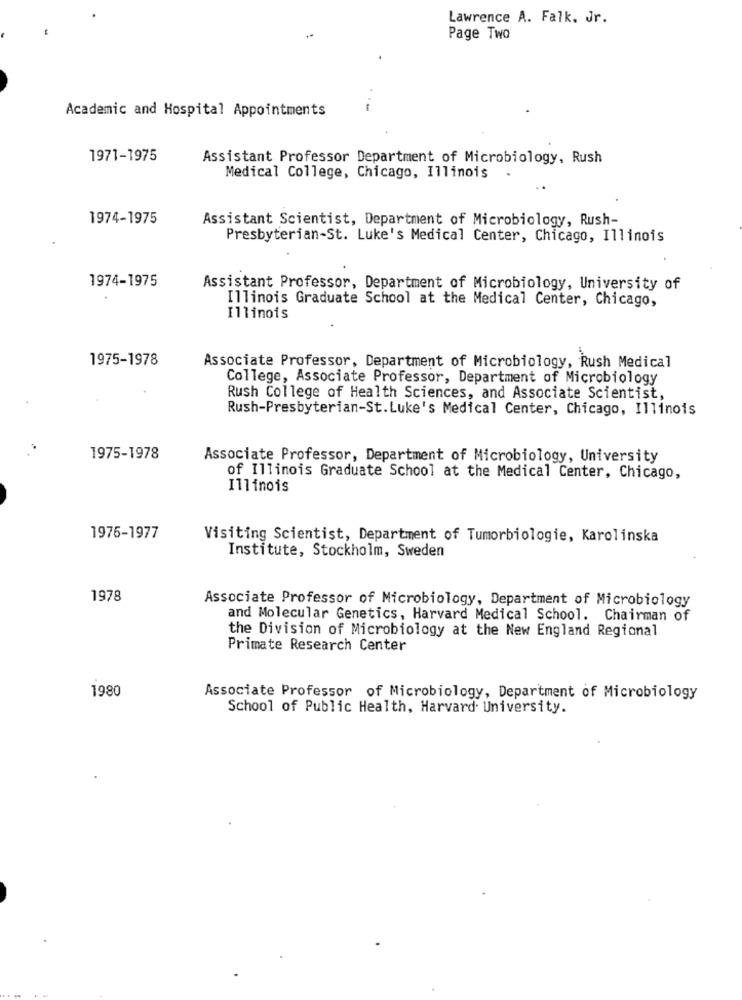
Lawrence A. Falk, Jr.
Page Two
Academic and Hospital Appointments
1971-1975
Assistant Professor Department of Microbiology, Rush
Medical College, Chicago, Illinois
1974-1975
Assistant Scientist, Department of Microbiology, Rush-
Presbyterian-St. Luke's Medical Center, Chicago, Illinois
1974-1975
Assistant Professor, Department of Microbiology, University of
Illinois Graduate School at the Medical Center, Chicago,
Illinois
1975-1978
Associate Professor, Department of Microbiology, Rush Medical
College, Associate Professor, Department of Microbiology
Rush College of Health Sciences, and Associate Scientist,
Rush-Presbyterian-St.Luke's Medical Center, Chicago, Illinois
1975-1978
Associate Professor, Department of Microbiology, University
of Illinois Graduate School at the Medical Center, Chicago,
Illinois
1976-1977
Visiting Scientist, Department of Tumorbiologie, Karolinska
Institute, Stockholm, Sweden
1978
Associate Professor of Microbiology, Department of Microbiology
and Molecular Genetics, Harvard Medical School. Chairman of
the Division of Microbiology at the New England Regional
Primate Research Center
1980
Associate Professor of Microbiology, Department of Microbiology
School of Public Health, Harvard University.